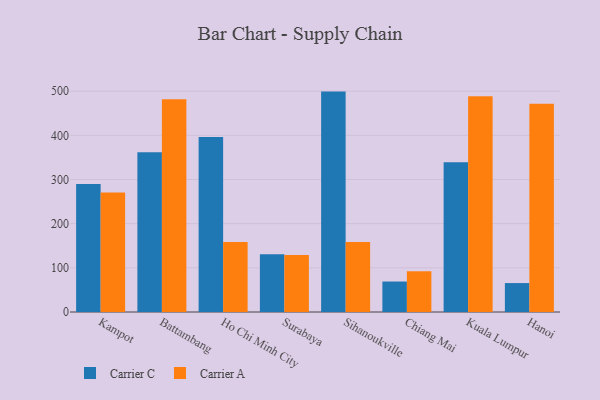
{"axis": {"x": "City", "y": "Production Output"}, "legend": ["Carrier A", "Carrier C"], "data": [{"x": "Kampot", "y": 290.0, "type": "Carrier C"}, {"x": "Kampot", "y": 270.8, "type": "Carrier A"}, {"x": "Battambang", "y": 361.5, "type": "Carrier C"}, {"x": "Battambang", "y": 481.9, "type": "Carrier A"}, {"x": "Ho Chi Minh City", "y": 396.0, "type": "Carrier C"}, {"x": "Ho Chi Minh City", "y": 158.7, "type": "Carrier A"}, {"x": "Surabaya", "y": 130.5, "type": "Carrier C"}, {"x": "Surabaya", "y": 129.2, "type": "Carrier A"}, {"x": "Sihanoukville", "y": 499.0, "type": "Carrier C"}, {"x": "Sihanoukville", "y": 158.6, "type": "Carrier A"}, {"x": "Chiang Mai", "y": 69.0, "type": "Carrier C"}, {"x": "Chiang Mai", "y": 92.5, "type": "Carrier A"}, {"x": "Kuala Lumpur", "y": 339.0, "type": "Carrier C"}, {"x": "Kuala Lumpur", "y": 488.5, "type": "Carrier A"}, {"x": "Hanoi", "y": 65.5, "type": "Carrier C"}, {"x": "Hanoi", "y": 471.4, "type": "Carrier A"}]}